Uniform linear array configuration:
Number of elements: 64
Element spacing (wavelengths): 0.5
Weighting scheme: blackman
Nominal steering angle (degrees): -15
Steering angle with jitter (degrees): -16.051
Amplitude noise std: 0.05
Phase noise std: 0.05

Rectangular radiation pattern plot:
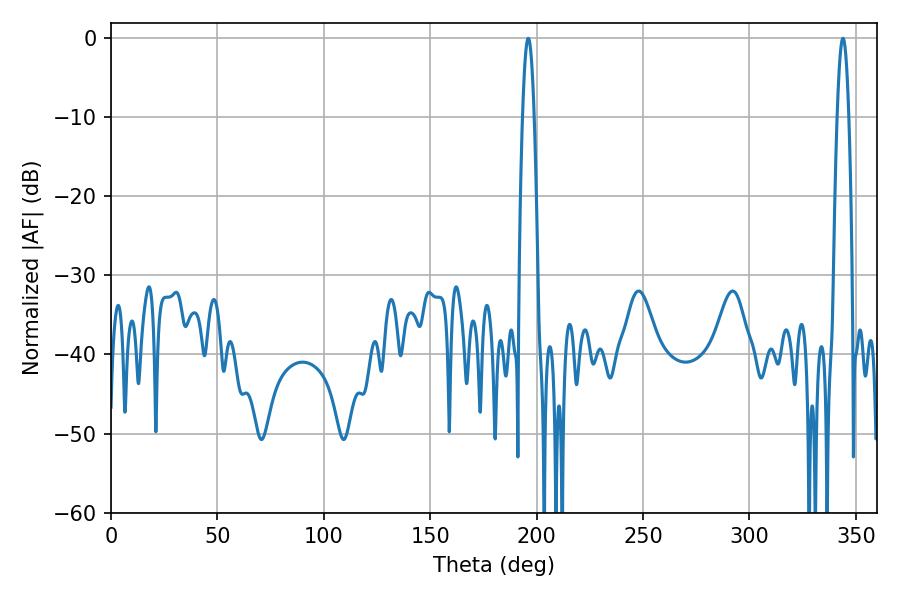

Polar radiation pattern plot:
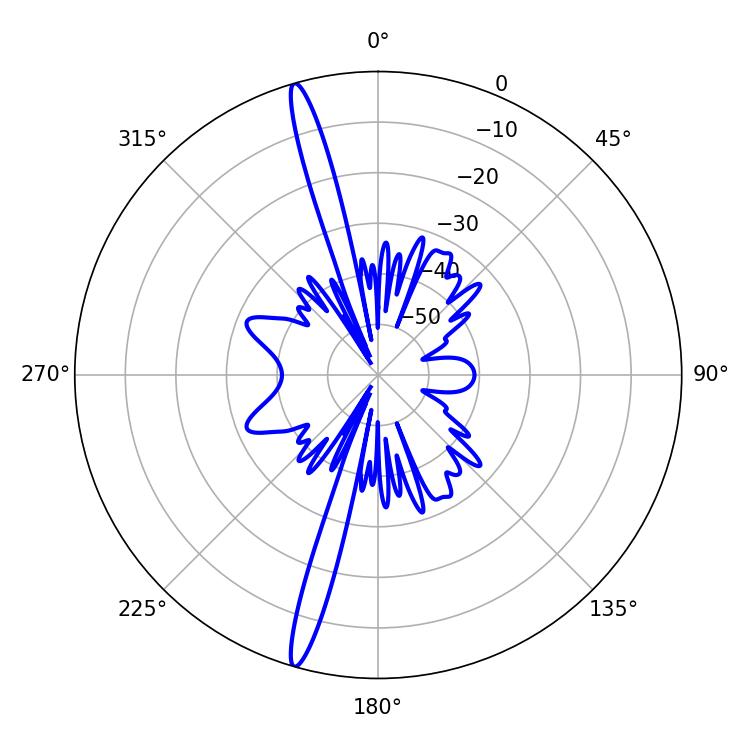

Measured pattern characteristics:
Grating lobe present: FALSE
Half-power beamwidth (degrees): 2.88
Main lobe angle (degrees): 196.02